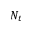
N _ { t }